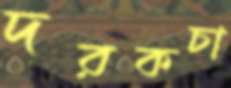
দরকচা